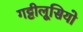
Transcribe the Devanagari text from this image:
गट्टीलूसियो